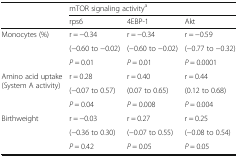
<table><thead><tr><td rowspan="2"></td><td colspan="3"><b>mTOR signaling activity<sup>a</sup></b></td></tr><tr><td><b>rps6</b></td><td><b>4EBP-1</b></td><td><b>Akt</b></td></tr></thead><tbody><tr><td rowspan="3">Monocytes (%)</td><td>r = −0.34</td><td>r = −0.34</td><td>r = −0.59</td></tr><tr><td>(−0.60 to −0.02)</td><td>(−0.60 to −0.02)</td><td>(−0.77 to −0.32)</td></tr><tr><td><i>P</i> = 0.01</td><td><i>P</i> = 0.01</td><td><i>P</i> = 0.0001</td></tr><tr><td rowspan="3">Amino acid uptake (System A activity)</td><td>r = 0.28</td><td>r = 0.40</td><td>r = 0.44</td></tr><tr><td>(−0.07 to 0.57)</td><td>(0.07 to 0.65)</td><td>(0.12 to 0.68)</td></tr><tr><td><i>P</i> = 0.04</td><td><i>P</i> = 0.008</td><td><i>P</i> = 0.004</td></tr><tr><td rowspan="3">Birthweight</td><td>r = −0.03</td><td>r = 0.27</td><td>r = 0.25</td></tr><tr><td>(−0.36 to 0.30)</td><td>(−0.07 to 0.55)</td><td>(−0.08 to 0.54)</td></tr><tr><td><i>P</i> = 0.42</td><td><i>P</i> = 0.05</td><td><i>P</i> = 0.05</td></tr></tbody></table>